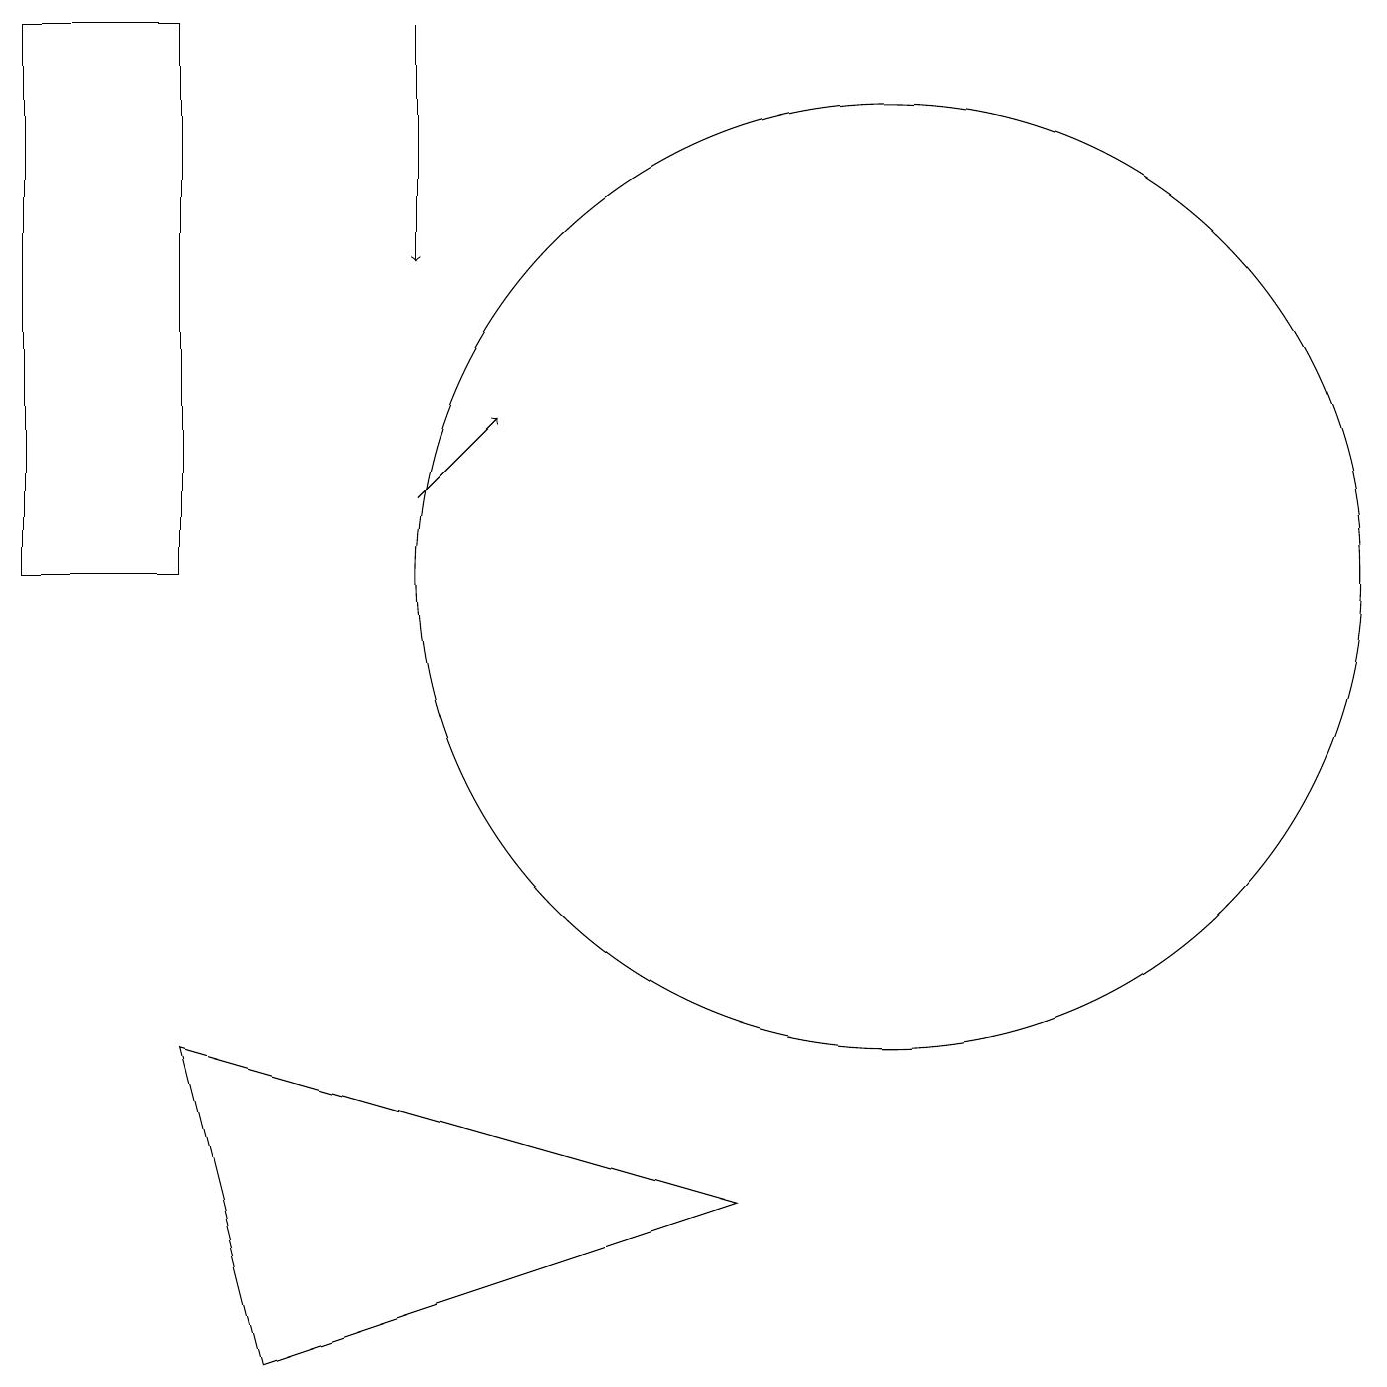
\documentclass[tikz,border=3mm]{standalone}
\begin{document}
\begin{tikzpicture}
\draw (2,5) -- (9,3) -- (3,1) -- cycle;
\draw[->] (5,12) -- (6,13);
\draw (11,11) circle (6);
\draw (0,18) rectangle (2,11);
\draw[->] (5,18) -- (5,15);
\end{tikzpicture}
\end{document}